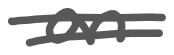
Text: an
Cross-out: mix
Writing tool: digital_gray